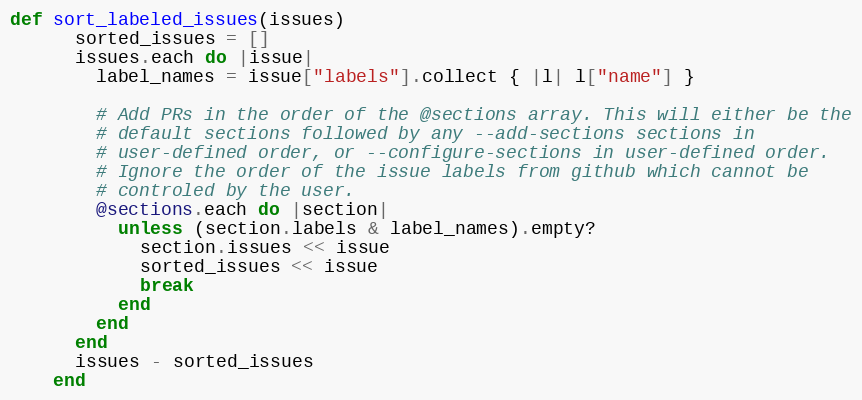
Language: Ruby
def sort_labeled_issues(issues)
      sorted_issues = []
      issues.each do |issue|
        label_names = issue["labels"].collect { |l| l["name"] }

        # Add PRs in the order of the @sections array. This will either be the
        # default sections followed by any --add-sections sections in
        # user-defined order, or --configure-sections in user-defined order.
        # Ignore the order of the issue labels from github which cannot be
        # controled by the user.
        @sections.each do |section|
          unless (section.labels & label_names).empty?
            section.issues << issue
            sorted_issues << issue
            break
          end
        end
      end
      issues - sorted_issues
    end